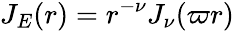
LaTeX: J_{E}(r)=r^{-\nu}J_{\nu}(\varpi r)